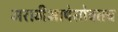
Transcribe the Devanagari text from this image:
मराठीभाषेसोबतच